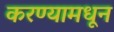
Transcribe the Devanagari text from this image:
करण्यामधून